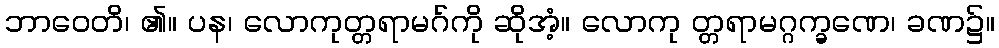
ဘာဝေတိ၊ ၏။ ပန၊ လောကုတ္တရာမဂ်ကို ဆိုအံ့။ လောကု တ္တရာမဂ္ဂက္ခဏေ၊ ခဏ၌။